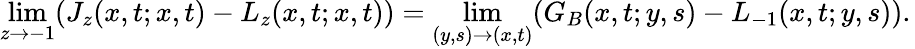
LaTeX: \operatorname*{lim}_{z\rightarrow-1}(J_{z}(x,t;x,t)-L_{z}(x,t;x,t))=\operatorname*{lim}_{(y,s)\rightarrow(x,t)}(G_{B}(x,t;y,s)-L_{-1}(x,t;y,s)).\,